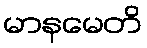
မာနမေတိ